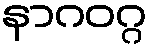
နာဂဝဂ္ဂ